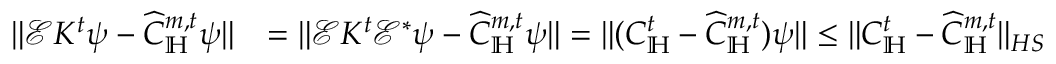
\begin{array} { r l } { \| \mathcal E K ^ { t } \psi - \widehat C _ { \mathbb H } ^ { m , t } \psi \| } & { = \| \mathcal E K ^ { t } \mathcal E ^ { * } \psi - \widehat C _ { \mathbb H } ^ { m , t } \psi \| = \| ( C _ { \mathbb H } ^ { t } - \widehat C _ { \mathbb H } ^ { m , t } ) \psi \| \le \| C _ { \mathbb H } ^ { t } - \widehat C _ { \mathbb H } ^ { m , t } \| _ { H S } } \end{array}